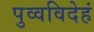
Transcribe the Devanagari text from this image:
पुव्वविदेहं